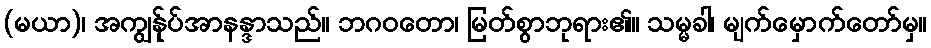
(မယာ)၊ အကျွန်ုပ်အာနန္ဒာသည်။ ဘဂဝတော၊ မြတ်စွာဘုရား၏။ သမ္မခါ၊ မျက်မှောက်တော်မှ။